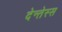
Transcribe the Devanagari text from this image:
देन्तेस्स